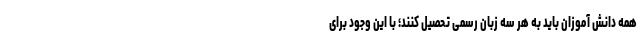
همه دانش آموزان باید به هر سه زبان رسمی تحصیل کنند؛ با این وجود برای